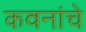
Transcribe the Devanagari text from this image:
कवनांचे